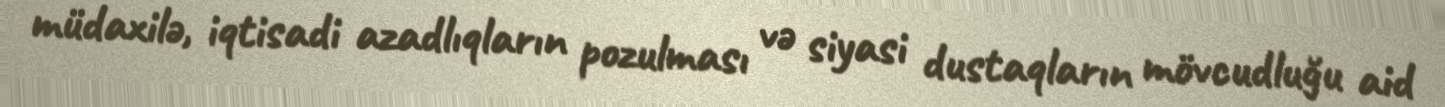
müdaxilə, iqtisadi azadlıqların pozulması və siyasi dustaqların mövcudluğu aid